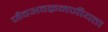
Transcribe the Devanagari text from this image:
जैवअवक्रमणीयता